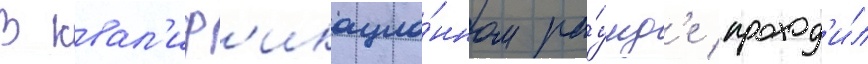
В квал'иф'икацио́нном ра́унд'е проход'и́л